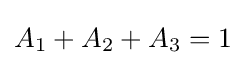
A_{1}+A_{2}+A_{3}=1